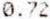
0.72